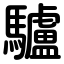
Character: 驢